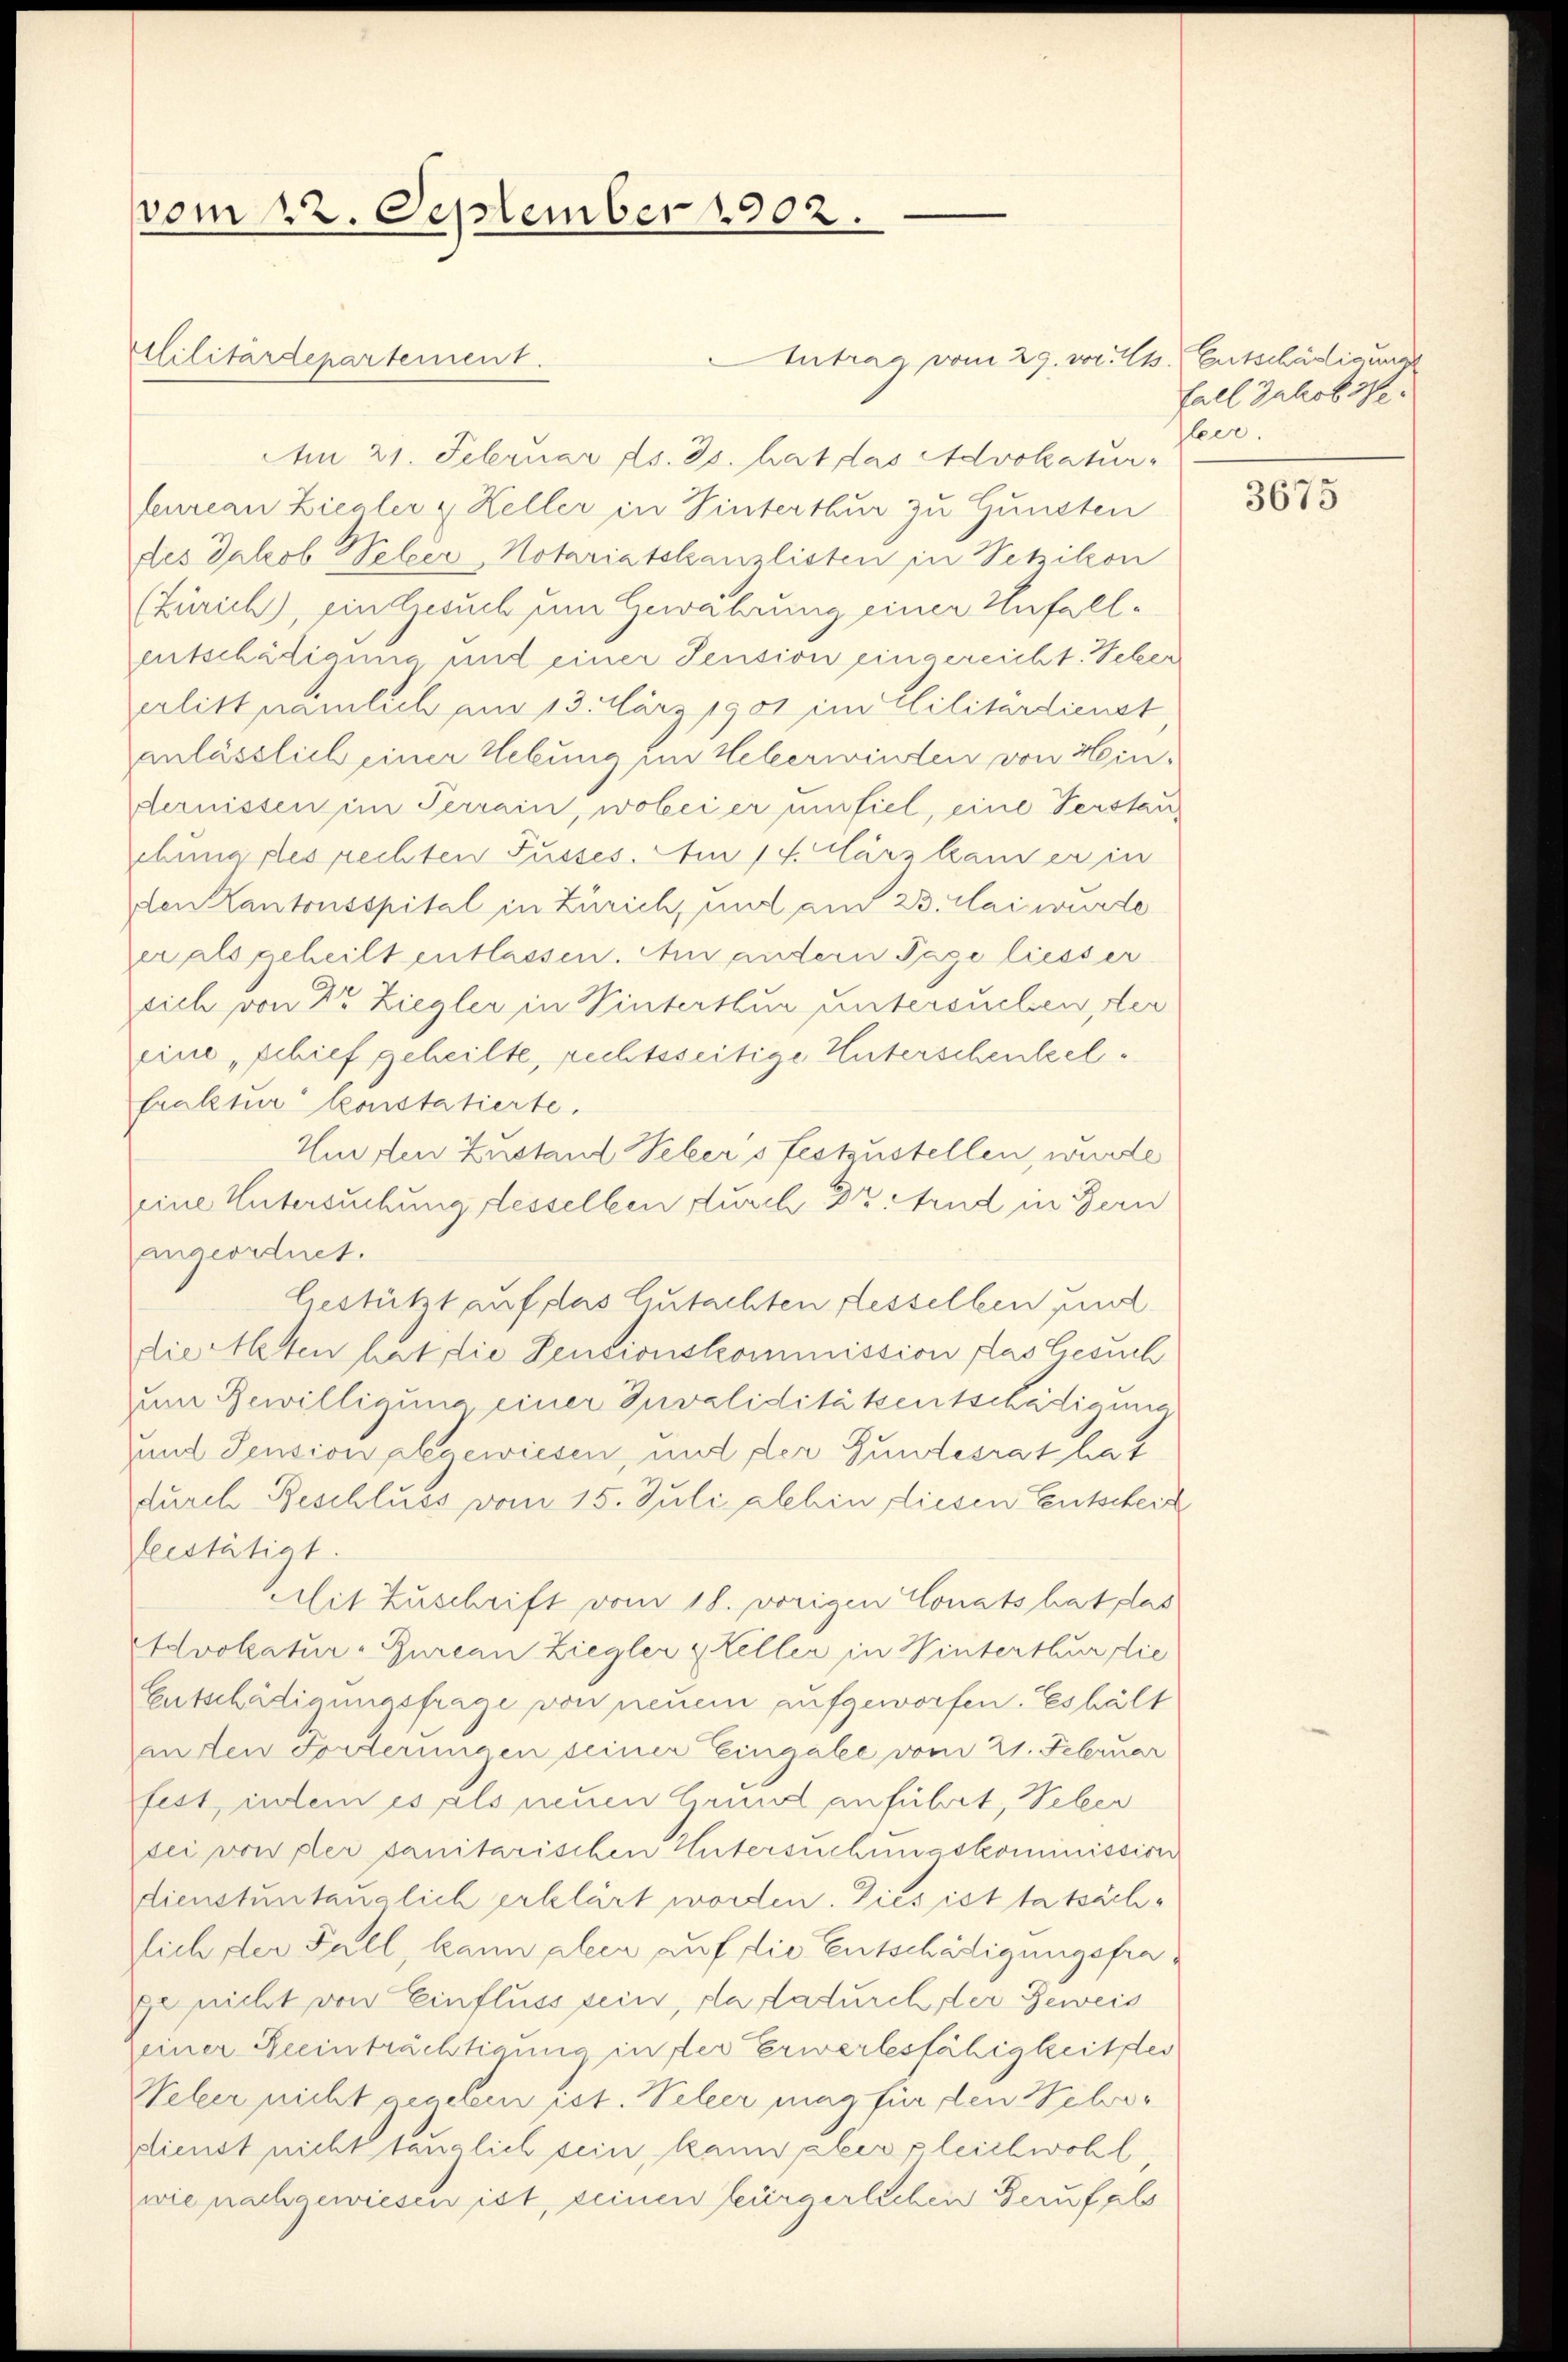
vom 22. September 1902.

Antrag vom 29. vor. 41. Entschädigung
Am 21. Februar ds. 25. hat das Advokatur-
feureau Ziegler & Keller in Hinterthur zu Gunsten
des Jakob Welzer, Notariatskanzlisten in Setzikon
(Zürich, ein Gesuch um Gewahrung einer Unfallentschädigung mit einer Pension eingereicht. Weber
erlitt nämlich am 13. März 1901 im Elilitärdienst
anlässlich einer Hebung ein Heberwinden von Hindernissen im Terrain, wobei er unfiel, eine Verstanchingeles rechten Pusses. Am 14. März hander in
den Kantonsspital in Zürich, und am 23. Mai wurde
er als geheilt entlassen. Am andern Tage liesser
sich von Dr. Ziegler in Winterthur untersuchen, der
eine „Schief geheilte, rechtsseitige Unterschenkelfraktur konstatierte.
Wurften Zustand Sebers festzustellen, wurde
eine Untersuchung desselben durch 33 nd in Bern
angeordnet.
bestützt auf das Gutachten Fesselben und
die Alten hat die Sentionskommission das Gesuch
zum Bewilligung einer Invaliditäkentschädigung
mnt Pension abgewiesen, und der Gundesrat hat
durch Beschluss vom 15. Juli alhin diesen Entscheid
leistätigt.
Mit Zuschrift vom 18. vorigen Conats hat das
Advokatur-Bureau Ziegler & Keller in Winterthur die
Entschädigungsfrage von neuem aufgeworfen. Es hält
inden Forderungen seiner Eingabe vom 21. Februar
fest, indem es als neuen Grund anführt, Seber
sei von der sanitarischen Untersuchungskommission
dienstuntauglich erklärt worden. Dies ist tatsächlich der Fall, kann aller auf die Entschädigungsfrage nicht von Einfluss sein, da dadurchster Beweis
einer Beeinträchtigung in der Erwerbsfähigkeites
Seleer nicht gegeben ist. Veleer mag für den Helver
plienst nicht tauglich sein, kann aber gleichwohl,
wie nachgewiesen ist, seinen Bürgerlichen Beruf als

Militärdepartement.

Fall Jakob spe
leer.

3675